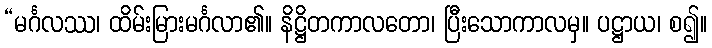
“မင်္ဂလဿ၊ ထိမ်းမြားမင်္ဂလာ၏။ နိဋ္ဌိတကာလတော၊ ပြီးသောကာလမှ။ ပဋ္ဌာယ၊ စ၍။